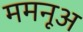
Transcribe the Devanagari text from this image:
ममनूअ